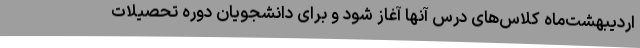
اردیبهشت‌ماه کلاس‌های درس آنها آغاز شود و برای دانشجویان دوره تحصیلات